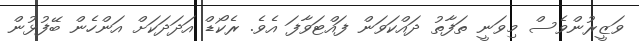
ވަޒީރުންވެސް މިވަނީ ތަފާތު ދައްކަވަން ފައްޓަވާފަ އެވެ. ރެކޯޑް އަދަދަކަށް އަންހެން ބޭފުޅުން